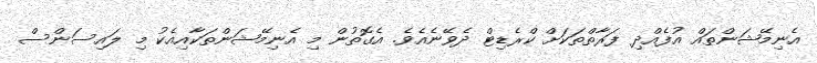
އެނިމޭޝަންތައް އުފެއްދި ފަރާތްތަކަށް ކްރެޑިޓް ދެވޭނެއެވެ. އެގޮތުން މި އެނިމޭޝަންތަކާއިއެކު މި ލައިސަންސް